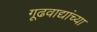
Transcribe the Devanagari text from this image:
गूढवाद्यांच्या